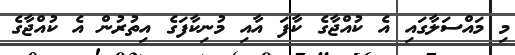
މި މައްސަލާގައި އެ ކުއްޖާގެ ކާފަ އާއި މުނިކާފަގެ އިތުރުން އެ ކުއްޖާގެ